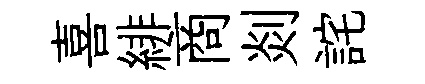
喜緋商剡詫